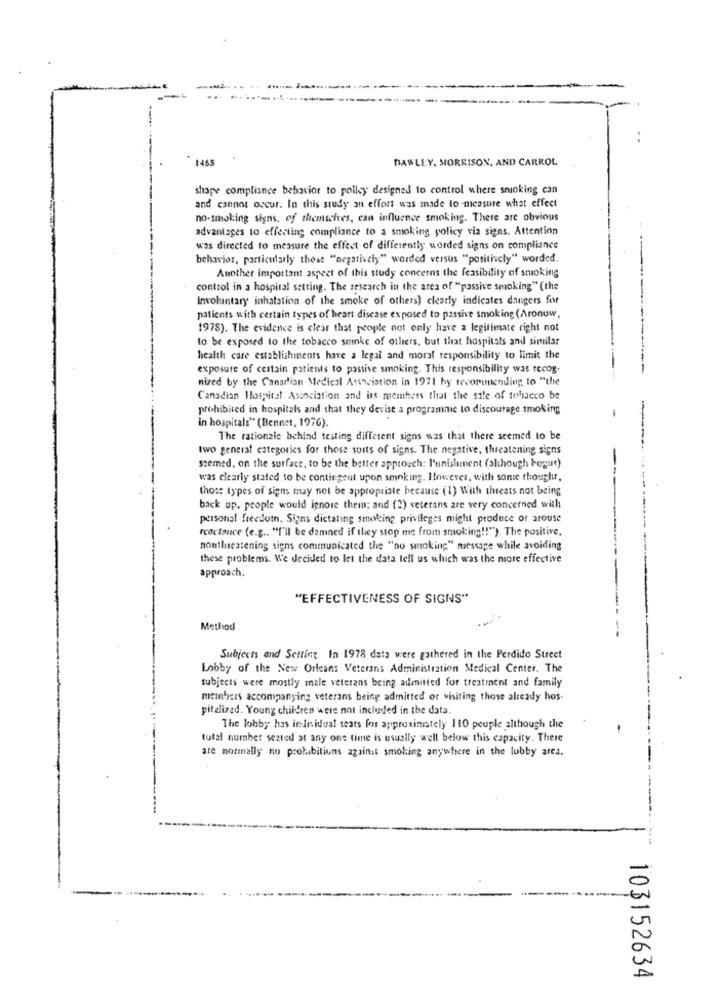
-.
..
1468
DAWLEY, MORRISON, AND CARROL
shape compliance behavior to polley designed to control where smoking can
and cannot occur. In this study an effort was made to measure what effect
no-smoking signs, of themselves, can influence smoking. There are obvious
advantages to effecting compliance to a smoking policy via signs. Attention
was directed to measure the effect of differently worded signs on compliance
behavior, particularly those "negatively" worded versus "positively" worded.
Another important aspect of this study concerns the feasibility of smoking
control in a hospital setting. The research in the area of "passive smoking" (the
-
Involuntary inhalation of the smoke of others) clearly indicates dangers for
patients with certain types of heart disease exposed to passive smoking (Aronuw,
1978). The evidence is clear that people not only have a legitimate right not
to be exposed to the tobacco smoke of others, but that hospitals and similar
health care establishments have a legal and moral responsibility to limit the
exposure of certain patients to passive smoking. This responsibility was recog.
nized by the Canadian Medical Association in 1971 by recommending to "the
Canadian Hospital Association and its members that the sale of tobacco be
prohibited in hospitals and that they devise a programme to discourage smoking
in hospitals" (Bennet, 1976).
The rationale behind testing different signs was that there seemed to be
two general categories for those soits of signs. The negative, threatening signs
seemed. on the surface, to be the better approach: l'unishment (although bogue)
was clearly stated to be contingent upon smoking. However, with some thoughu,
those types of signs may not be appropriate because (1) With theats not being
back up. people would ignore them; and (2) veterans are very concerned with
personal freedomn. Signs dictating smoking privileges might produce or arouse
reactance (e.g .. ""I'll be damned if they stop me from smoking !! "). The positive,
nonthreatening signs communicated the "no smoking" message while avoiding
these problems. We decided to let the data tell us which was the more effective
approach.
"EFFECTIVENESS OF SIGNS"
Method
Subjects and Setting In 1978 data were gathered in the Perdido Street
Lobby of the New Orleans Veterans Administration Medical Center. The
subjects were mostly male veterans being admitted for treatment and family
meinbers accompanying veterans being admitted or visiting those already hos-
pitalized. Young children were not included in the data.
The lobby has individual seats for approximately 110 peuple although the
total number seated at any one time is usually well below this capacity. There
are normally no prohibitions against smoking anywhere in the lobby area.
103152634